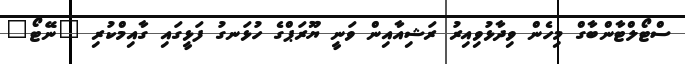
ސްޓޯލްޓާންބާގް މިހެން ވިދާޅުވިއިރު ރަޝިއާއިން ވަނީ ޔޫރަޕްގެ ހުޅަނގު ފަޅީގައި ގާއިމްކުރި "ނޭޓޯ"